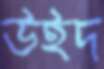
উইদ